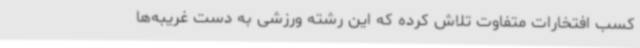
کسب افتخارات متفاوت تلاش کرده که این رشته‌ ورزشی به دست غریبه‌ها